Civil Veterinary Dept. North-West Frontier Province 1923-32 - 1923-1932
Year: 1923
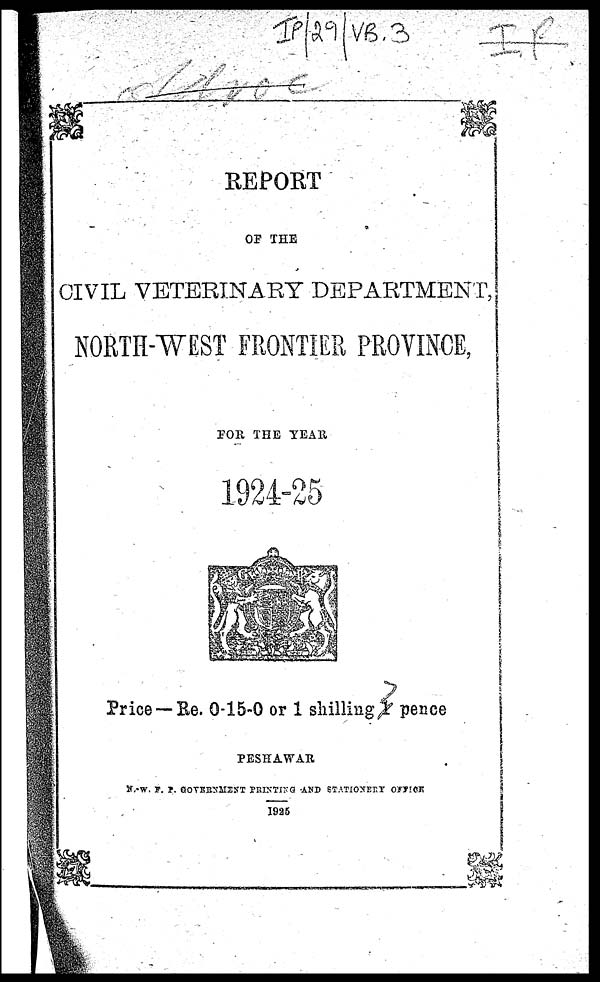
REPORT
OF THE
CIVIL VETERINARY DEPARTMENT,
NORTH-WEST FRONTIER PROVINCE,
FOR THE
YEAR
1924-25
Price —Re. 0-15-0 or 1 shilling 1 pence
PESHAWAR
N.-W. F. P. GOVERNMENT PRINTING AND STATIONERY OFFICE
1925